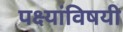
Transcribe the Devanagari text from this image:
पक्ष्यांविषयी